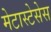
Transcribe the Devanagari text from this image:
मेटास्टेसेस